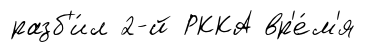
разб'и́л 2-й РККА вр'е́м'я